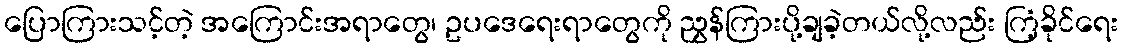
ပြောကြားသင့်တဲ့ အကြောင်းအရာတွေ၊ ဥပဒေရေးရာတွေကို ညွှန်ကြားပို့ချခဲ့တယ်လို့လည်း ကြံ့ခိုင်ရေး